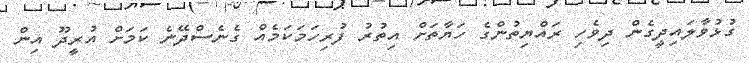
ގުޅުވާލައިދީގެން ދިވެހި ރައްޔިތުންގެ ހަޔާތަށް އިތުރު ފުރިހަމަކަމެއް ގެނެސްދޭނެ ކަމަށް އުރީދޫ އިން